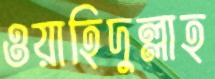
ওয়াহিদুল্লাহ